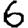
Digit: 6